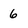
Character: 6